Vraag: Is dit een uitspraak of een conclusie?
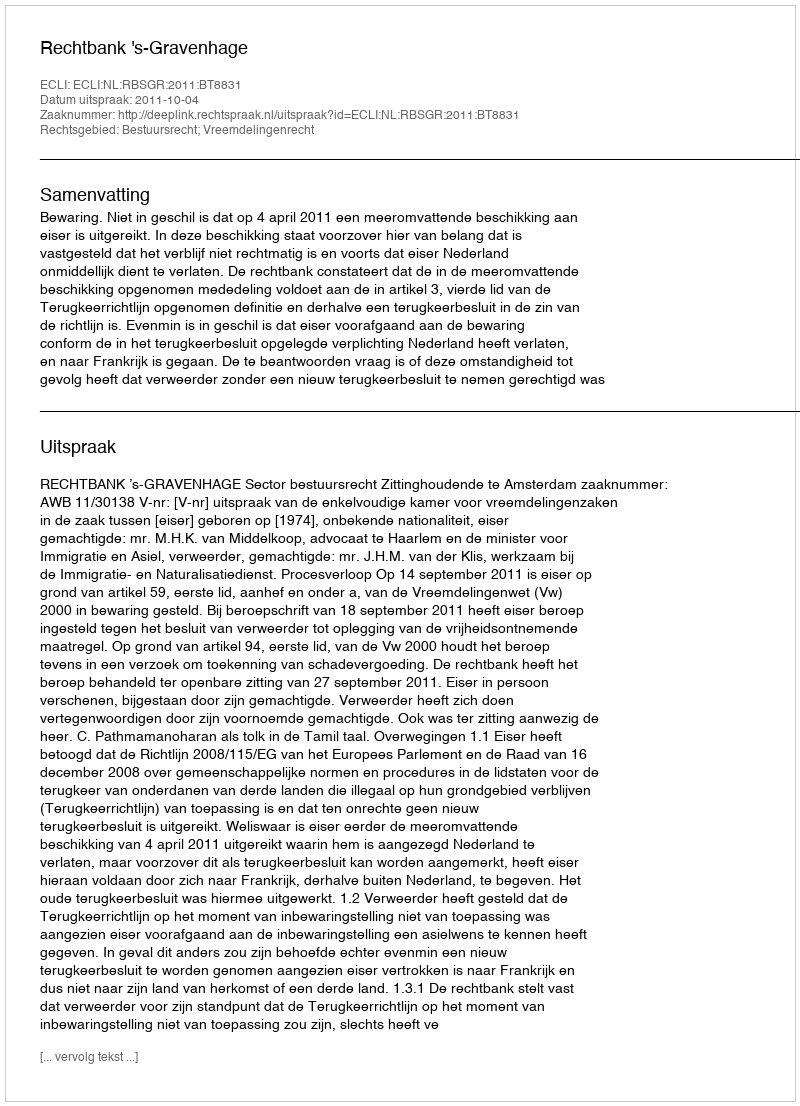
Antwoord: Uitspraak